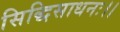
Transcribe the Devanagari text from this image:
सिद्धिसाधनः।।